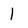
Character: 1